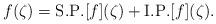
LaTeX: \begin{align*}f(\zeta)=\mathrm{S. P.} [f](\zeta)+\mathrm{I. P.} [f](\zeta).\end{align*}